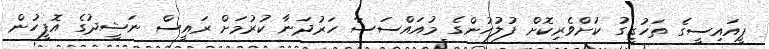
ޕީއައިސީގެ ތަހުގީގު ކުށްވެރިކޮށް ފުލުހުންގެ މުއައްސަސާ ހަރުދަނާ ކުރުމަށް ރައީސް ނަޝީދުގެ އޮފީހުން